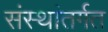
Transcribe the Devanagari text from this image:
संस्थांतर्गत